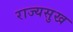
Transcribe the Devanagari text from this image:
राज्यसुख